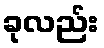
ခုလည်း